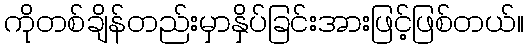
ကိုတစ်ချိန်တည်းမှာနှိပ်ခြင်းအားဖြင့်ဖြစ်တယ်။